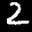
Label: 2